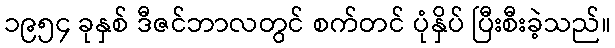
၁၉၅၄ ခုနှစ် ဒီဇင်ဘာလတွင် စက်တင် ပုံနှိပ် ပြီးစီးခဲ့သည်။